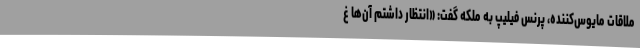
ملاقات مایوس‌کننده، پرنس فیلیپ به ملکه گفت: «انتظار داشتم آن‌ها غ